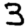
Digit: 3